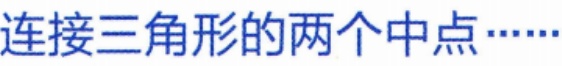
连接三角形的两个中点……